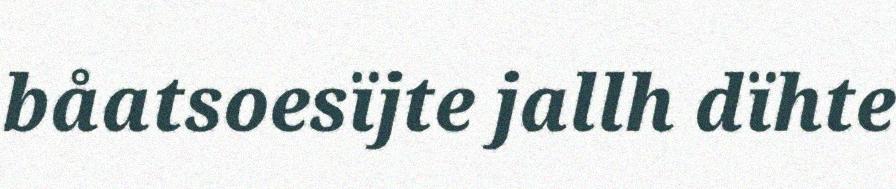
båatsoesïjte jallh dïhte